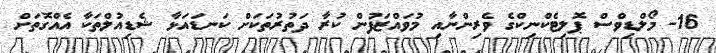
16- މޯލްޑިވްސް ޕޮލިޓެކްނިކްގެ ވެރިންނާއި މުވައްޒަފުން ކުރާ ދަތުރުތަކަށް ކަނޑައަޅާ ޝެޑިއުލްތަކާ އެއްގޮތަށް